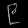
Digit: ၉